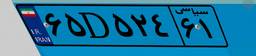
۶۵D۵۲۴۶۱